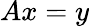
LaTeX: Ax=y